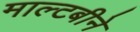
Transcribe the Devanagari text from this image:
माल्टबीने